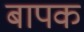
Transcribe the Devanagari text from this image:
बापक